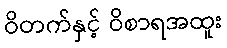
ဝိတက်နှင့် ဝိစာရအထူး